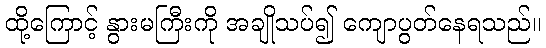
ထို့ကြောင့် နွားမကြီးကို အချိုသပ်၍ ကျောပွတ်နေရသည်။